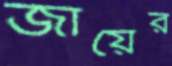
জায়ের